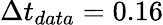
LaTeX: \Delta t_{data}=0.16